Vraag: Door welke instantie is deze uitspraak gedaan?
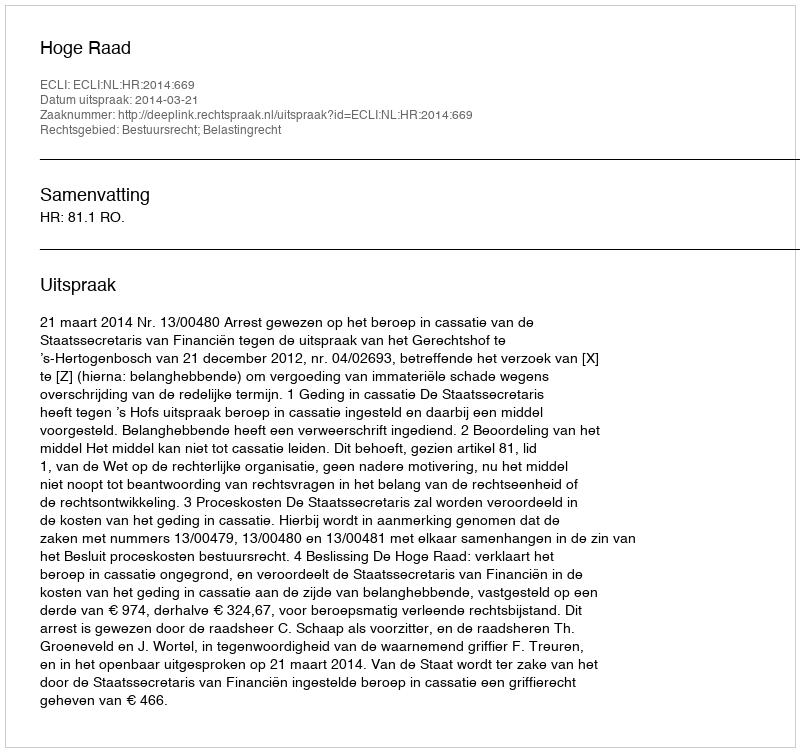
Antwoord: Hoge Raad